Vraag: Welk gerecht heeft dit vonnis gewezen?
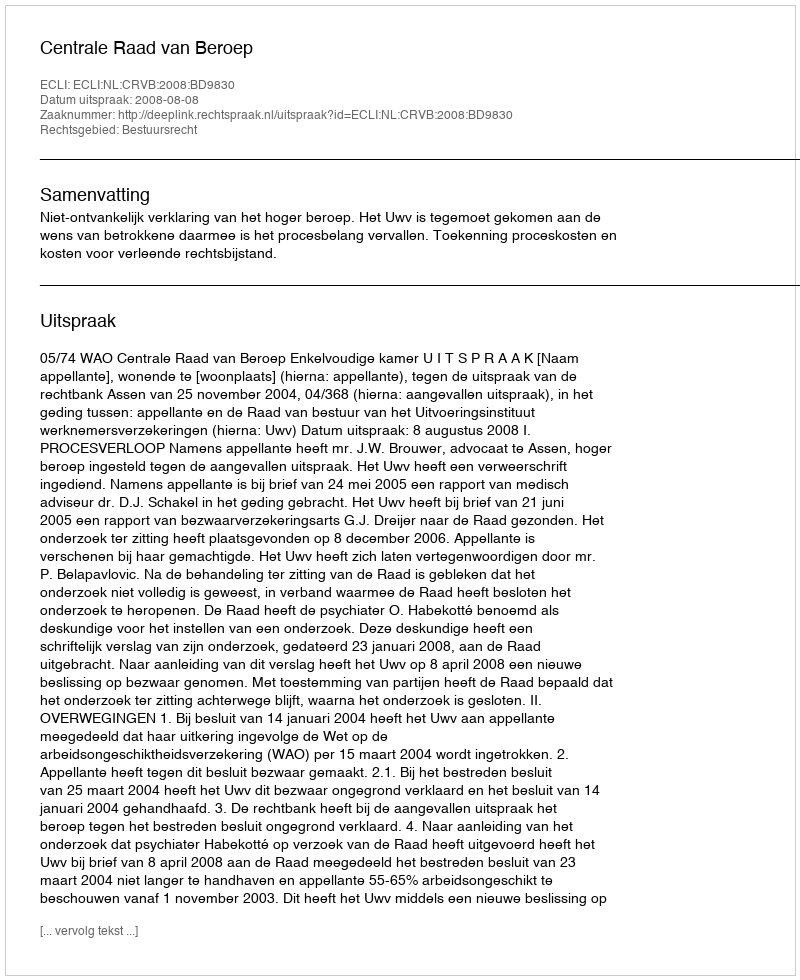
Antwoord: Centrale Raad van Beroep